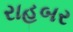
રાહબર